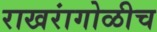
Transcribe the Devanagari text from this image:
राखरांगोळीच